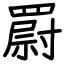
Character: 罻